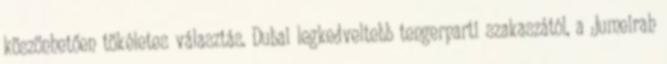
köszönhetően tökéletes választás. Dubai legkedveltebb tengerparti szakaszától, a Jumeirah